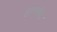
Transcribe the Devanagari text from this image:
हालवेल